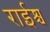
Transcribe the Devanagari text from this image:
राईश्च